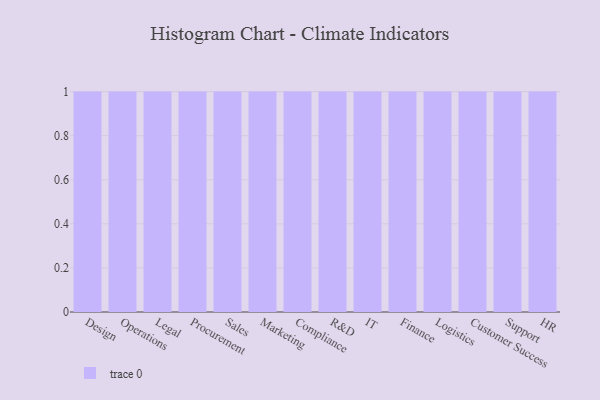
{"axis": {"x": "Department", "y": "Latency (ms)"}, "legend": [""], "data": [{"x": "Design", "y": 87, "type": ""}, {"x": "Operations", "y": 45, "type": ""}, {"x": "Legal", "y": 98, "type": ""}, {"x": "Procurement", "y": 68, "type": ""}, {"x": "Sales", "y": 99, "type": ""}, {"x": "Marketing", "y": 79, "type": ""}, {"x": "Compliance", "y": 15, "type": ""}, {"x": "R&D", "y": 66, "type": ""}, {"x": "IT", "y": 32, "type": ""}, {"x": "Finance", "y": 19, "type": ""}, {"x": "Logistics", "y": 79, "type": ""}, {"x": "Customer Success", "y": 87, "type": ""}, {"x": "Support", "y": 43, "type": ""}, {"x": "HR", "y": 71, "type": ""}]}